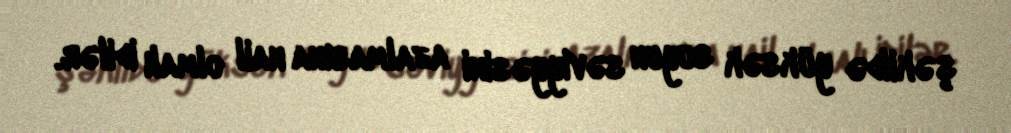
şəkildə yüksək suyun səviyyəsini azalmasına nail olmalı idilər.